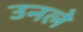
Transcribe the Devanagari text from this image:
उनले